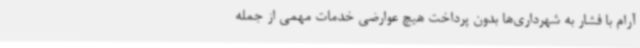
آرام با فشار به شهرداری‌ها بدون پرداخت هیچ عوارضی خدمات مهمی از جمله